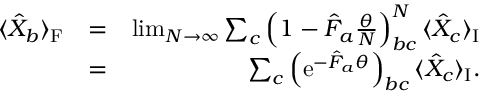
\begin{array} { r l r } { \langle \hat { X } _ { b } \rangle _ { \mathrm { F } } } & { = } & { \operatorname* { l i m } _ { N \rightarrow \infty } \sum _ { c } \left( 1 - \hat { F } _ { a } \frac { \theta } { N } \right) _ { b c } ^ { N } \langle \hat { X } _ { c } \rangle _ { \mathrm { I } } } \\ & { = } & { \sum _ { c } \left( \mathrm { e } ^ { - \hat { F } _ { a } \theta } \right) _ { b c } \langle \hat { X } _ { c } \rangle _ { \mathrm { I } } . } \end{array}